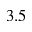
3 . 5